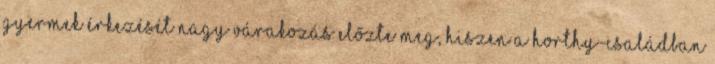
gyermek érkezését nagy várakozás előzte meg, hiszen a Horthy-családban